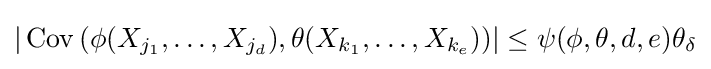
|\operatorname {Cov} {(\phi (X_{j_{1}},\dots ,X_{j_{d}}),\theta (X_{k_{1}},\dots ,X_{k_{e}}))}|\leq \psi (\phi ,\theta ,d,e)\theta _{\delta }